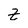
Character: Z